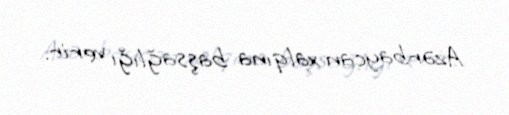
Azərbaycan xalqına başsağlığı verir.